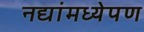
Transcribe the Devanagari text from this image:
नद्यांमध्येपण